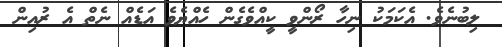
ލިބުނެވެ. އެކަމަކު ނިހާ ރޯންވީ ކީއްވެގެން ހެއްޔެވެ އަޑެއް ނެތް އެ ރުއިން